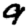
Digit: 9